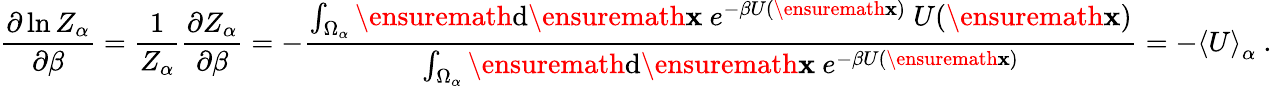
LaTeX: \frac{\partial\ln Z_{\alpha}}{\partial\beta}=\frac{1}{Z_{\alpha}}\frac{\partial Z_{\alpha}}{\partial\beta}=-\frac{\int_{\Omega_{\alpha}}\ensuremath{\mathrm{d}}\ensuremath{\mathbf{x}}\ e^{-\beta U(\ensuremath{\mathbf{x}})}\ U(\ensuremath{\mathbf{x}})}{\int_{\Omega_{\alpha}}\ensuremath{\mathrm{d}}\ensuremath{\mathbf{x}}\ e^{-\beta U(\ensuremath{\mathbf{x}})}}=-\left<U\right>_{\alpha}\ .